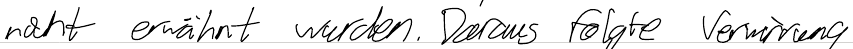
nicht erwähnt wurden. Daraus folgte Verwirrung